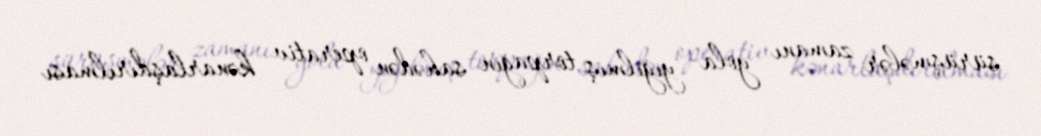
sürüşmələr zamanı yola yığılmış torpağın sahədən operativ kənarlaşdırılması